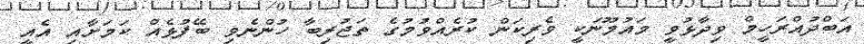
އަބްދުއްރަހީމް ވިދާޅުވީ މައުމޫނަކީ ވެރިކަން ކުރެއްވުމުގެ ތަޖުރިބާ ހުންނެވި ބޭފުޅެއް ކަމަށާއި އެއީ